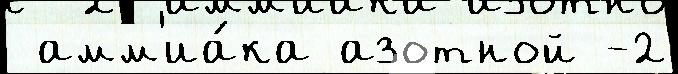
 амм'иа́ка азотной -2